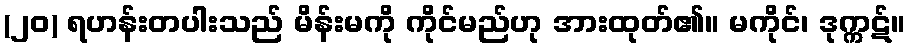
(၂၀) ရဟန်းတပါးသည် မိန်းမကို ကိုင်မည်ဟု အားထုတ်၏။ မကိုင်၊ ဒုက္ကဋ်။